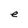
Character: e